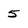
Character: 5